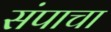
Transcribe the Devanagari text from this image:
संपाचा